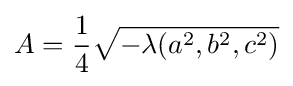
A={\frac {1}{4}}{\sqrt {-\lambda (a^{2},b^{2},c^{2})}}